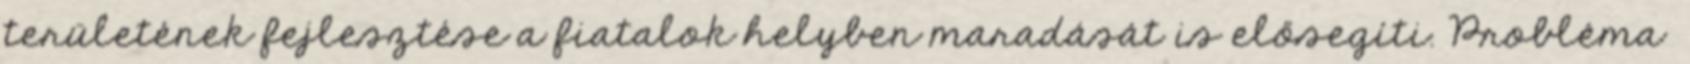
területének fejlesztése a fiatalok helyben maradását is elősegíti. Probléma